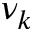
\nu _ { k }